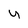
Character: u